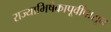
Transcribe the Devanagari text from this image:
राज्याभिषेकापूर्वीपासून